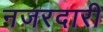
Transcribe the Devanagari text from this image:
नजरदारी